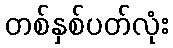
တစ်နှစ်ပတ်လုံး